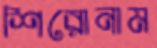
শিরোনাম